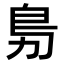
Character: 𭄩